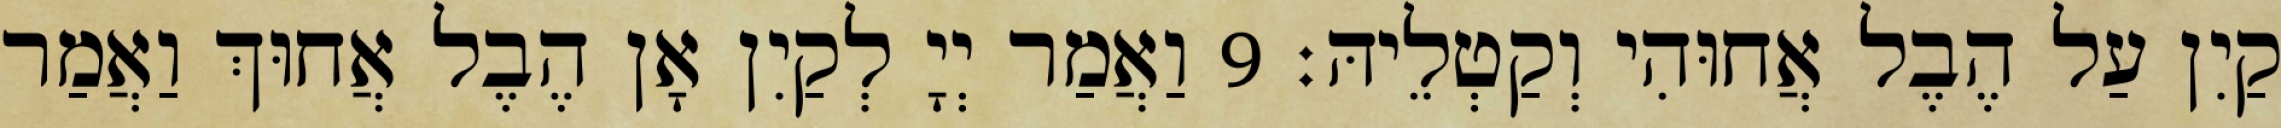
קַיִן עַל הֶבֶל אֲחוּהִי וְקַטְלֵיהּ׃ 9 וַאֲמַר יְיָ לְקַיִן אָן הֶבֶל אֲחוּךְ וַאֲמַר